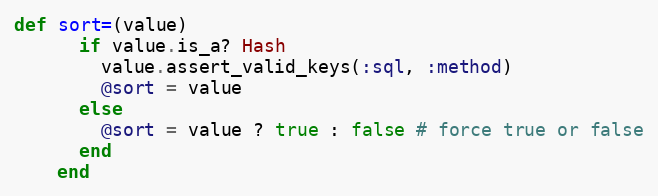
Language: Ruby
def sort=(value)
      if value.is_a? Hash
        value.assert_valid_keys(:sql, :method)
        @sort = value
      else
        @sort = value ? true : false # force true or false
      end
    end